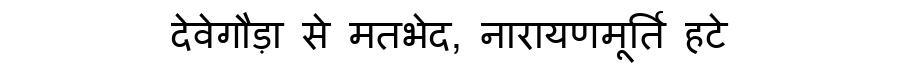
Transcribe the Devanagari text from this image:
देवेगौड़ा से मतभेद, नारायणमूर्ति हटे